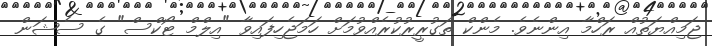
ޖަމިއްޔަތުއް ރަހްމާ އިންނެވެ. މެންކް ތަގުރީރުކުރެއްވުމަށް ހަމަޖެހިފައިވާ "އިލްމް ޓޯކްސް" ގެ ސެޝަން